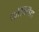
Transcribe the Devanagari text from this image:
कॉन्विट